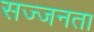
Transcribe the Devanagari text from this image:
सज्‍जनता